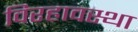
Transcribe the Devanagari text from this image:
विरहावस्था